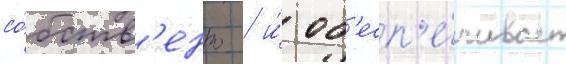
со́бств'енно / и́ об'есп'е́чивает